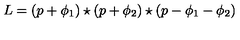
L = ( p + \phi _ { 1 } ) \star ( p + \phi _ { 2 } ) \star ( p - \phi _ { 1 } - \phi _ { 2 } )